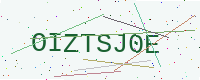
Text: OIZTSJ0E